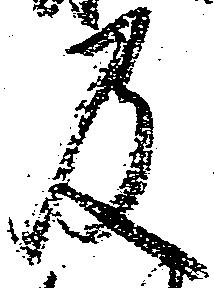
及